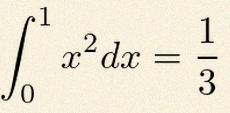
\int_0^1 x^2dx=\frac13